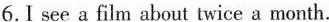
6.I see a film about twice a month.